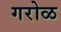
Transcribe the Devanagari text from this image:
गरोळ